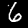
Label: 6